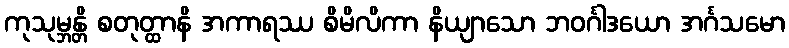
ကုသုမ္ဘန္တိ စတုတ္ထာနိ အကာရဿ စိမိလိကာ နိယျာသော ဘဝင်္ဂါဒယော အင်္ဂသမော